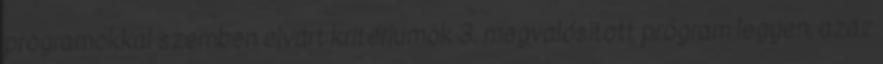
programokkal szemben elvárt kritériumok 3. megvalósított program legyen, azaz